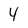
Character: 4